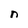
Character: n